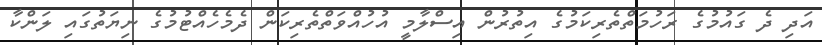
އަދި ދެ ގައުމުގެ ރަހުމަތްތެރިކަމުގެ އިތުރުން އިސްލާމީ އުހުއްވަތްތެރިކަން ދެމެހެއްޓުމުގެ ނިޔަތުގައި ލަންކާ